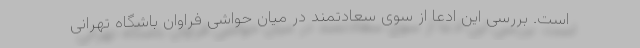
است. بررسی این ادعا از سوی سعادتمند در میان حواشی فراوان باشگاه تهرانی